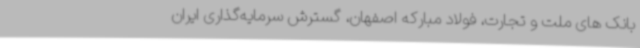
بانک های ملت و تجارت، فولاد مبارکه اصفهان، گسترش سرمایه‌گذاری ایران